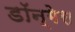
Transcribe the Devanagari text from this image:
डॉन्गेस